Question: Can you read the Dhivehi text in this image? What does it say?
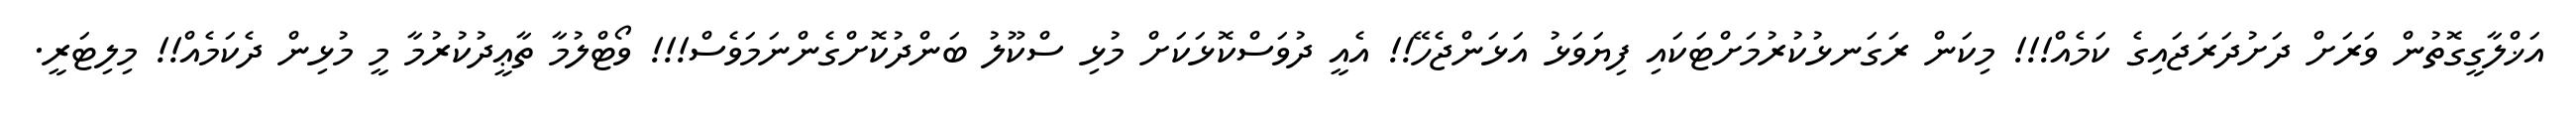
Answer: އަޚްލާގީގޮތުން ވަރަށް ދަށުދަރަޖައިގެ ކަމެއް!!! މިކަން ރަގަނޅުކުރުމަށްޓަކައި ފިޔަވަޅު އަޅަންޖެހޭ!! އެއީ ދުވަސްކޮޅަކަށް މުޅި ސްކޫލު ބަންދުކޮށްގެންނަމަވެސް!!! ވޯޓްލުމާ ތާޢީދުކުރުމާ މީ މުޅިން ދެކަމެއް!! މިލިޓަރީ.